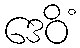
ဒေဝိံ